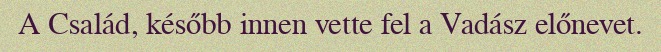
A Család, később innen vette fel a Vadász előnevet.